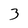
Character: 3